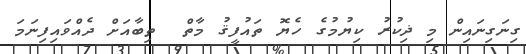
ގިނަގިނައިން މި ޛިކުރު ކިޔުމުގެ ހެޔޮ ތައުފީޤު މާތް  ތިބާއަށް ދެއްވައިފިނަމަ